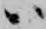
ハ